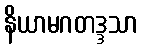
နိယာမဂတဒ္ဒသာ